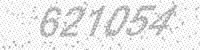
Solution: 621054